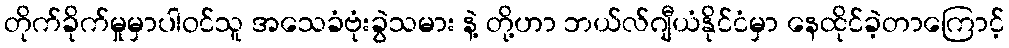
တိုက်ခိုက်မှုမှာပါဝင်သူ အသေခံဗုံးခွဲသမား နဲ့ တို့ဟာ ဘယ်လ်ဂျီယံနိုင်ငံမှာ နေထိုင်ခဲ့တာကြောင့်